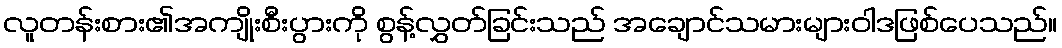
လူတန်းစား၏အကျိုးစီးပွားကို စွန့်လွှတ်ခြင်းသည် အချောင်သမားများဝါဒဖြစ်ပေသည်။